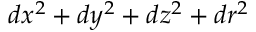
d x ^ { 2 } + d y ^ { 2 } + d z ^ { 2 } + d r ^ { 2 }